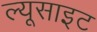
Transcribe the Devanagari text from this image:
ल्यूसाइट